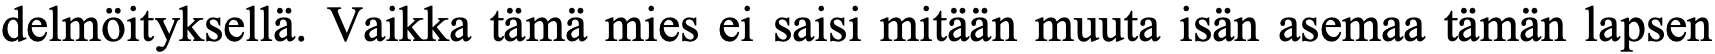
delmöityksellä. Vaikka tämä mies ei saisi mitään muuta isän asemaa tämän lapsen